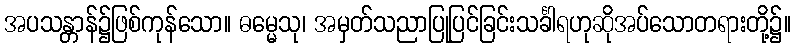
အပသန္တာန်၌ဖြစ်ကုန်သော။ ဓမ္မေသု၊ အမှတ်သညာပြုပြင်ခြင်းသင်္ခါရဟုဆိုအပ်သောတရားတို့၌။